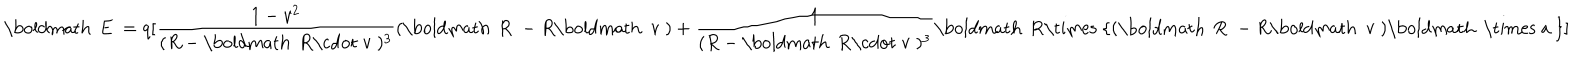
\mathrm { \boldmath ~ E ~ } = q [ \frac { 1 - v ^ { 2 } } { ( R - \mathrm { \boldmath ~ R \cdot ~ v ~ } ) ^ { 3 } } ( \mathrm { \boldmath ~ R ~ } - R \mathrm { \boldmath ~ v ~ } ) + \frac { 1 } { ( R - \mathrm { \boldmath ~ R \cdot ~ v ~ } ) ^ { 3 } } \mathrm { \boldmath ~ R \times ~ } \{ ( \mathrm { \boldmath ~ R ~ } - R \mathrm { \boldmath ~ v ~ } ) \mathrm { \boldmath ~ \times ~ a ~ } \} ]